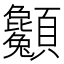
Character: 𩖌